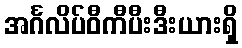
အင်္ဂလိပ်ဝီကီပီးဒီးယားရှိ